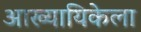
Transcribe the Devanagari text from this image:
आख्यायिकेला